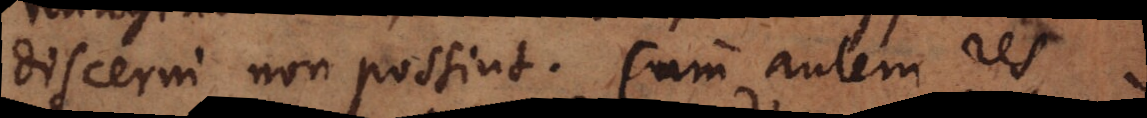
discerni non possint. Cum autem res